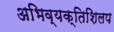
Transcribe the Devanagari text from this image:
अभिव्यक्तिशिलप